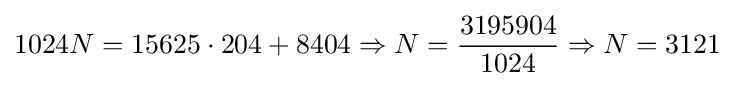
1024N=15625\cdot 204+8404\Rightarrow N={\frac {3195904}{1024}}\Rightarrow N=3121